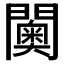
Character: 𮤦